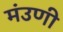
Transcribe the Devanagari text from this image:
मंउणी